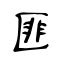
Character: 匪